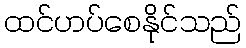
ထင်ဟပ်စေနိုင်သည်